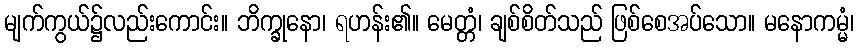
မျက်ကွယ်၌လည်းကောင်း။ ဘိက္ခုနော၊ ရဟန်း၏။ မေတ္တံ၊ ချစ်စိတ်သည် ဖြစ်စေအပ်သော။ မနောကမ္မံ၊